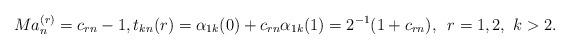
LaTeX: \begin{align*} Ma_n^{(r)}=c_{rn}-1,t_{kn}(r)=\alpha_{1k}(0)+c_{rn}\alpha_{1k}(1)=2^{-1}(1+c_{rn}),\,\,\,r=1,2,\,\,k>2.\end{align*}